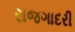
રાજગાદરી